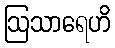
ဩသာရေဟိ